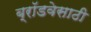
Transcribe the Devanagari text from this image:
ब्रॉडवेसाठी